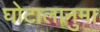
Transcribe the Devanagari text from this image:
घोटालानुमा